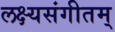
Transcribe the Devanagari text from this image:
लक्ष्यसंगीतम्‌